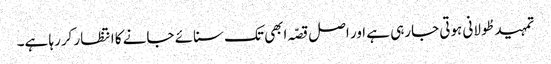
تمہید طُولانی ہوتی جارہی ہے اور اصل قصّہ ابھی تک سنائے جانے کا انتظار کررہا ہے۔